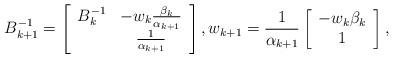
LaTeX: \begin{align*}B_{k+1}^{-1}=\left[\begin{array}{cc}B_{k}^{-1} & -w_{k}\frac{\beta_{k}}{\alpha_{k+1}}\\ & \frac{1}{\alpha_{k+1}}\end{array}\right],w_{k+1}=\frac{1}{\alpha_{k+1}}\left[\begin{array}{c}-w_{k}\beta_{k}\\1\end{array}\right],\end{align*}